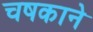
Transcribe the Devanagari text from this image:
चषकाने